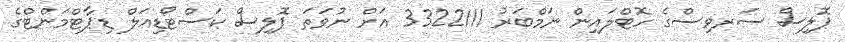
ޕޮލިސް ސަރވިސްގެ ހޮޓްލައިން ނަމްބަރު 3322111 އަށް ނުވަތަ ޕޮލިސް ކަސްޓޯޑިއަލް ޑިޕާޓްމަންޓްގެ